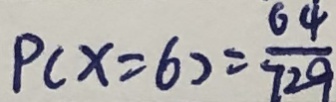
P ( x = 6 ) = \frac { 6 4 } { 7 2 9 }